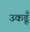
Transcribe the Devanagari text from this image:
उकडूँ